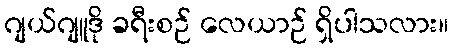
ဂျယ်ဂျူဒို ခရီးစဉ် လေယာဉ် ရှိပါသလား။